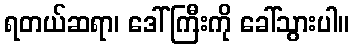
ရတယ်ဆရာ၊ ဒေါ်ကြီးကို ခေါ်သွားပါ။